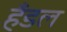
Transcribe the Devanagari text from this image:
हँडल